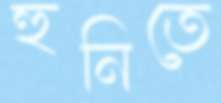
হুনিতে